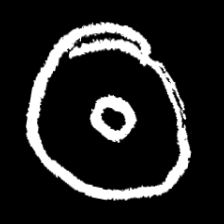
Pyu character \u2014 Myanmar letter: ထ (romanized: tha)